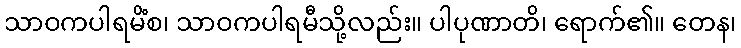
သာဝကပါရမိံစ၊ သာဝကပါရမီသို့လည်း။ ပါပုဏာတိ၊ ရောက်၏။ တေန၊